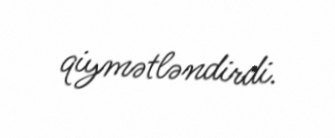
qiymətləndirdi.